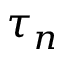
\tau _ { n }